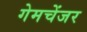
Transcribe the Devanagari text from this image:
गेमचेंजर